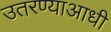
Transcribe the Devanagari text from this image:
उतरण्याआधी